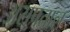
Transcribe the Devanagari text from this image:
असपताल